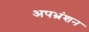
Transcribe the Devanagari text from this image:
अपभ्रंशन